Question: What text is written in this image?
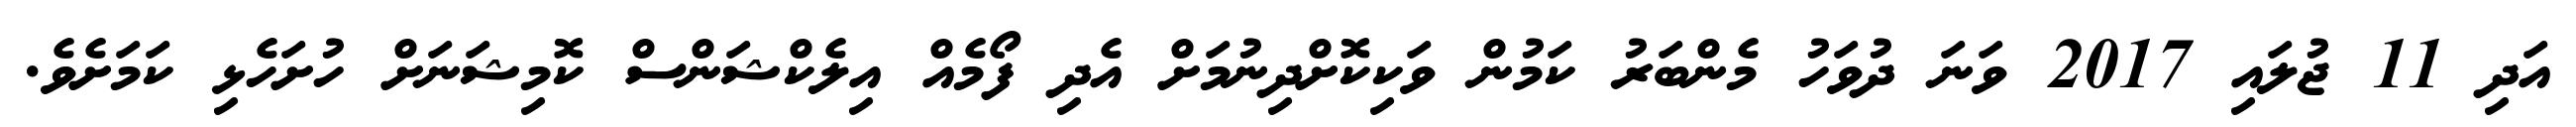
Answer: އަދި 11 ޖުލައި 2017 ވަނަ ދުވަހު މެންބަރު ކަމުން ވަކިކޮށްދިނުމަށް އެދި ފޯމެއް އިލެކްޝަންސް ކޮމިޝަނަށް ހުށަހެޅި ކަމަށެވެ.